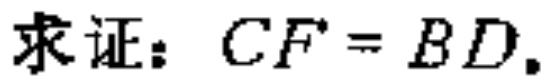
求证：$CF = BD$.